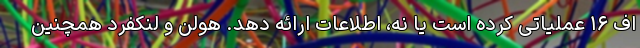
اف ۱۶ عملیاتی کرده است یا نه، اطلاعات ارائه دهد. هولن و لنکفرد همچنین